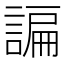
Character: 諞